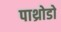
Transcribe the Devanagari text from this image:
पाथ्रोडो